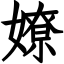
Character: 嫽